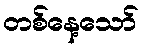
တစ်နေ့သော်